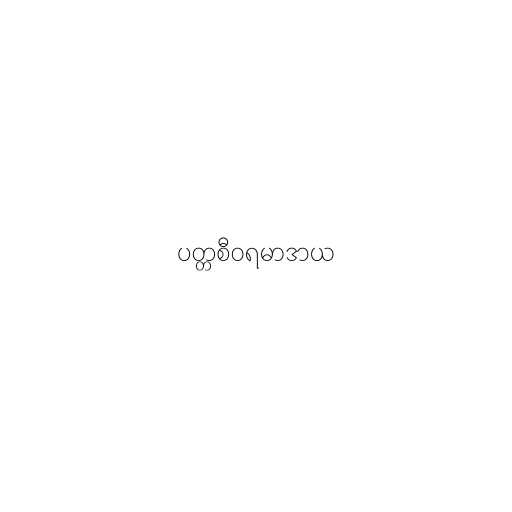
ပတ္တစီဝရမာဒာယ